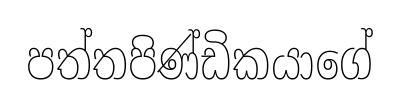
පත්තපිණ්ඩිකයාගේ